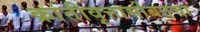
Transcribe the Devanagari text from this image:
क्रांतीवृत्तासोबतचा